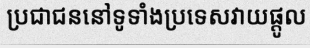
ប្រជាជននៅទូទាំងប្រទេសវាយផ្តូល